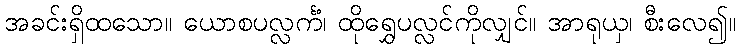
အခင်းရှိထသော။ ယောစပလ္လင်္ကံ၊ ထိုရွှေပလ္လင်ကိုလျှင်။ အာရုယှ၊ စီးလေ၍။